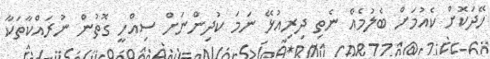
ހޭދަކޮށް ކެއުމަށް ބެލުމެއް ނެތި ދިރިއުޅޭ ނަމަ ކުދިންނަށް ސިއްހީ ގޮތުން ނުރައްކާތަކާ